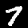
Digit: 7